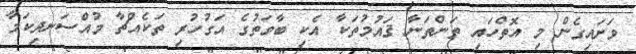
ވަށައިގެން މި އޮތްހައި ތަންތަނާ ޤައުމުތަކާ އެކި ބާވަތުގެ އަގުހުރި ތަކެއްޗާ މުއްސަނދިކަމާ